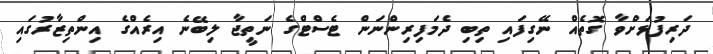
ދަރިފުޅަށްވާ ގޮތެއް ނޭގިފައި ތިބި ދެމަފިރިންނަން ޓެސްޓްގެ ނަތީޖާ ލިބޭނެ އިރެއްގެ އިންތިޒާރުގައި